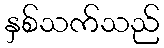
နှစ်သက်သည်